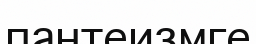
пантеизмге